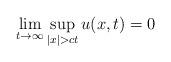
LaTeX: \begin{align*}\lim_{t\rightarrow \infty}\sup_{|x|>ct}u(x,t)=0\end{align*}